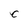
Character: C